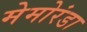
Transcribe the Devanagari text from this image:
मेमोरंडा